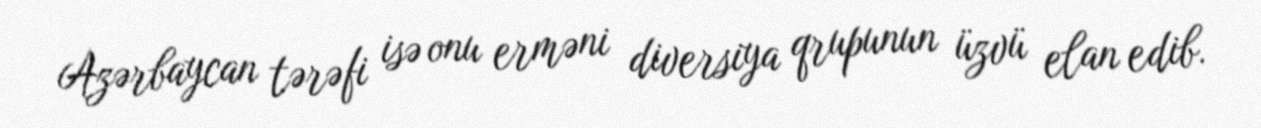
Azərbaycan tərəfi isə onu erməni diversiya qrupunun üzvü elan edib.